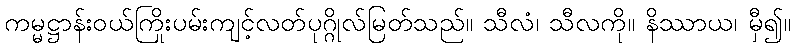
ကမ္မဋ္ဌာန်းဝယ်ကြိုးပမ်းကျင့်လတ်ပုဂ္ဂိုလ်မြတ်သည်။ သီလံ၊ သီလကို။ နိဿာယ၊ မှီ၍။